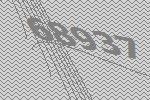
68937